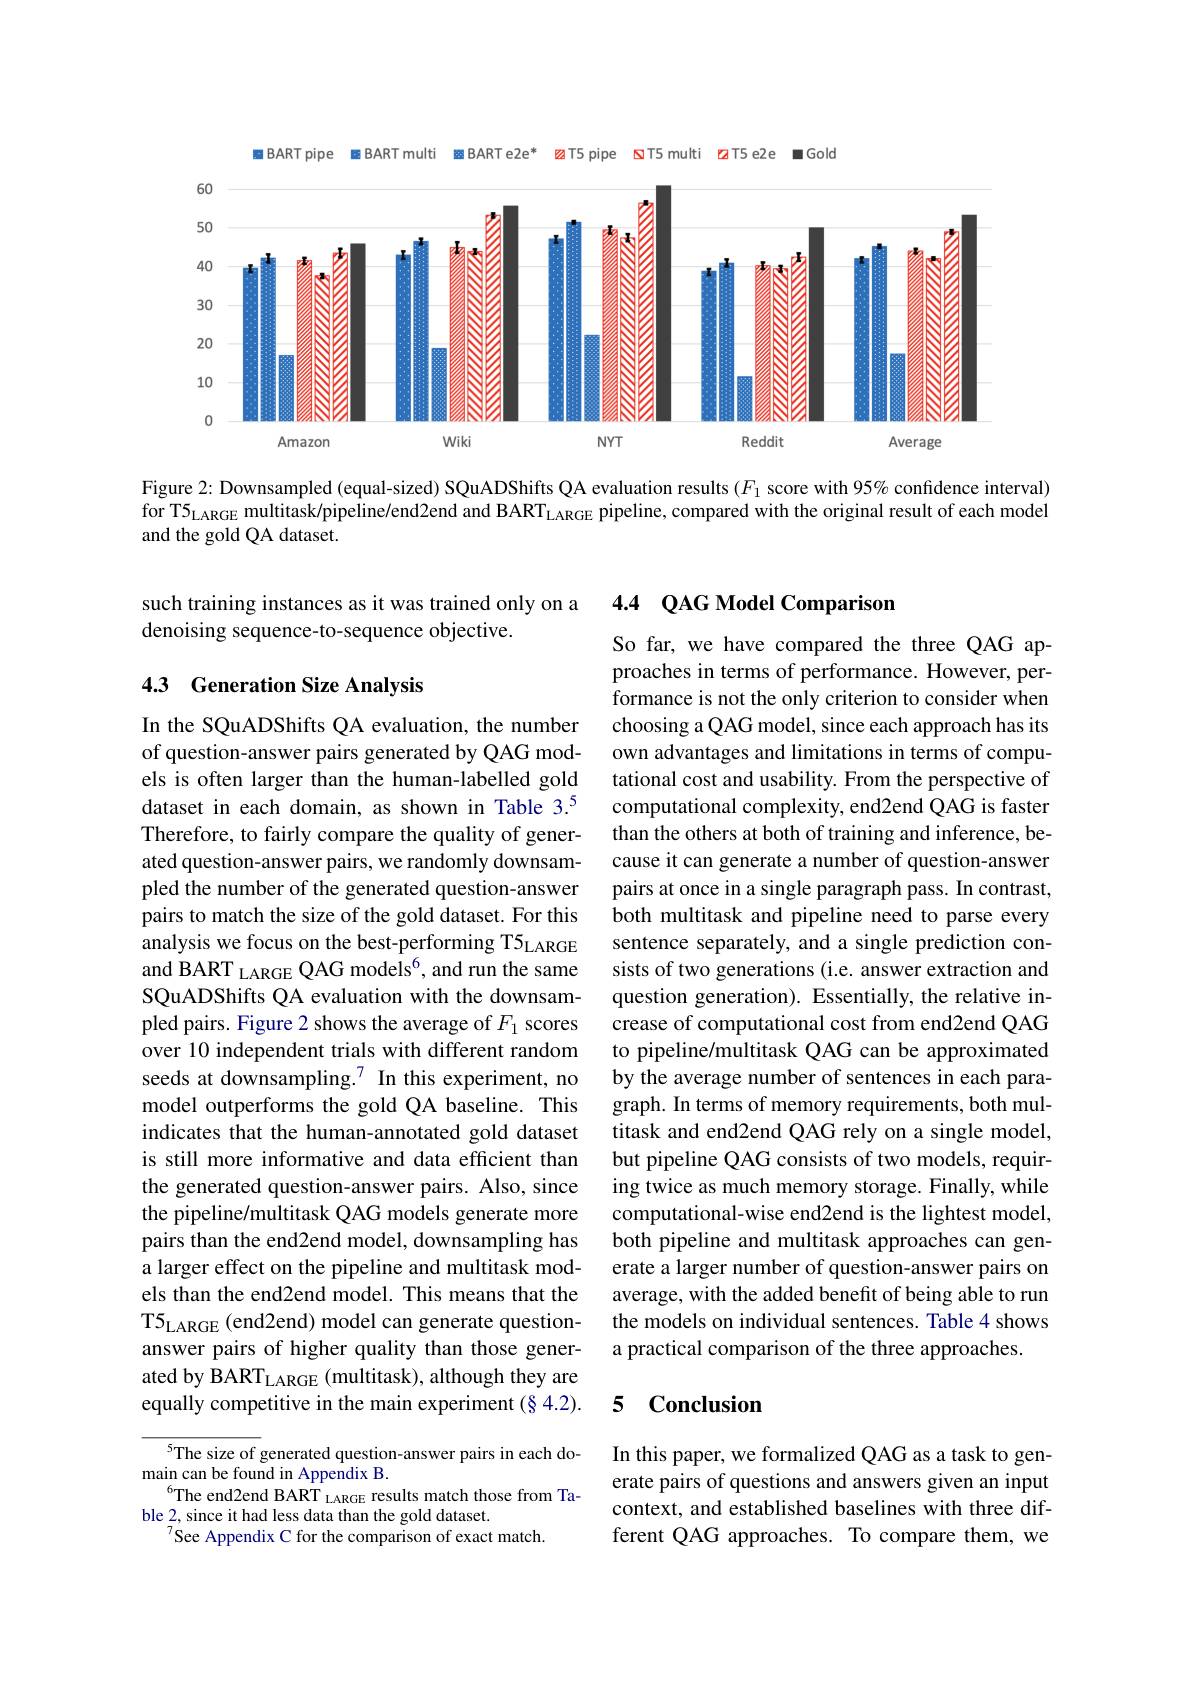
BARTpipe
BART mult
BARTe2e
$zzT5pipe$
ST5 multi ZT5 e2e Golc
<FigureHere>

Figure 2: Downsampled (equal-sized) SQuADShifts QA evaluation results $(F_{1}$ score with 95% confidence interval) for T5$_\mathrm{LARGE}$ multitask/pipeline/end2end and BART$_\mathrm{LARGE}$ pipeline, compared with the original result of each model and the gold QA dataset.

4.4 $QAG$ Model Comparison

such training instances as it was trained only on a
denoising sequence-to-sequence objective.

## 4.3 Generation Size Analysis

So far, we have compared the three QAG approaches in terms of performance. However, performance is not the only criterion to consider when choosing a QAG model, since each approach has its own advantages and limitations in terms of computational cost and usability. From the perspective of computational complexity, end2end QAG is faster than the others at both of training and inference, because it can generate a number of question-answer pairs at once in a single paragraph pass. In contrast, both multitask and pipeline need to parse every sentence separately, and a single prediction consists of two generations (i.e. answer extraction and question generation). Essentially, the relative increase of computational cost from end2end QAG to pipeline/multitask QAG can be approximated by the average number of sentences in each paragraph. In terms of memory requirements, both multitask and end2end QAG rely on a single model, but pipeline QAG consists of two models, requiring twice as much memory storage. Finally, while computational-wise end2end is the lightest model, both pipeline and multitask approaches can generate a larger number of question-answer pairs on average, with the added benefit of being able to run the models on individual sentences. Table 4 shows a practical comparison of the three approaches.

In the SQuADShifts QA evaluation, the number of question-answer pairs generated by QAG models is often larger than the human-labelled gold dataset in each domain, as shown in Table 3.$^{5}$ Therefore, to fairly compare the quality of generated question-answer pairs, we randomly downsampled the number of the generated question-answer pairs to match the size of the gold dataset. For this analysis we focus on the best-performing T5$_\mathrm{LARGE}$ and BART LARGE QAG models$^{6}$, and run the same SQuADShifts QA evaluation with the downsampled pairs. Figure 2 shows the average of $F_1$ scores over 10 independent trials with different random seeds at downsampling.$^{7}$ In this experiment, no model outperforms the gold QA baseline. This indicates that the human-annotated gold dataset is still more informative and data efficient than the generated question-answer pairs. Also, since the pipeline/multitask QAG models generate more pairs than the end2end model, downsampling has a larger effect on the pipeline and multitask models than the end2end model. This means that the T5$_\mathrm{LARGE}$ (end2end) model can generate questionanswer pairs of higher quality than those generated by BART$_\mathrm{LARGE}\left(\text{multitask),althoughtheyare}\right)$ equally competitive in the main experiment $(\S4.2).$

### 5 $\mathbf{Conclusion}$

$^{5}$The size of generated question-answer pairs in each do-
main can be found in Appendix B.
The end2end BART LARGE results match those from Ta-
ble 2, since it had less data than the gold dataset.
$^{7}$See Appendix C for the comparison of exact match.

In this paper, we formalized QAG as a task to generate pairs of questions and answers given an input context, and established baselines with three different QAG approaches. To compare them, we